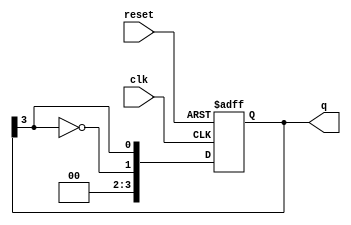
module johnson_counter #(
    parameter N = 4  // Number of flip-flops
) (
    input wire clk,       // Clock input
    input wire reset,     // Asynchronous reset
    output reg [N-1:0] q  // Counter output
);

    always @(posedge clk or posedge reset) begin
        if (reset) begin
            q <= 0;  // Reset the counter to 0
        end else begin
            q <= {~q[N-1], q[N-1:N-1]};  // Shift and invert the last bit
        end
    end

endmodule